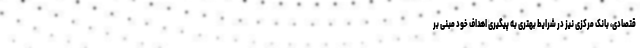
قتصادی، بانک مرکزی نیز در شرایط بهتری به پیگیری اهداف خود مبنی بر